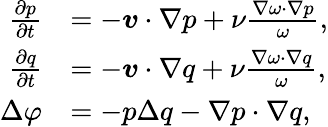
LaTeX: \begin{array}{rl}{\frac{\partial p}{\partial t}}&{=-\boldsymbol{v}\cdot\nabla p+\nu\frac{\nabla\omega\cdot\nabla p}{\omega},}\\ {\frac{\partial q}{\partial t}}&{=-\boldsymbol{v}\cdot\nabla q+\nu\frac{\nabla\omega\cdot\nabla q}{\omega},}\\ {\Delta\varphi}&{=-p\Delta q-\nabla p\cdot\nabla q,}\end{array}